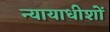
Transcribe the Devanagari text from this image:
न्यायाधीशोँ